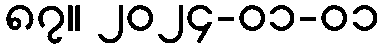
၈၇။ ၂၀၂၄-၀၁-၀၁